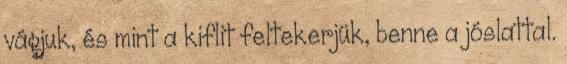
vágjuk, és mint a kiflit feltekerjük, benne a jóslattal.